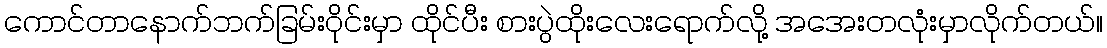
ကောင်တာနောက်ဘက်ခြမ်းဝိုင်းမှာ ထိုင်ပီး စားပွဲထိုးလေးရောက်လို့ အအေးတလုံးမှာလိုက်တယ်။